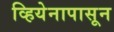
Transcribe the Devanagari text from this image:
व्हियेनापासून